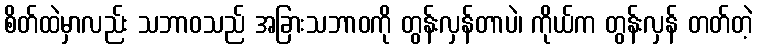
စိတ်ထဲမှာလည်း သဘာဝသည် အခြားသဘာဝကို တွန်းလှန်တာပဲ၊ ကိုယ်က တွန်းလှန် တတ်တဲ့